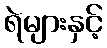
ရဲများနှင့်